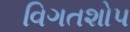
વિગતશોપ